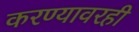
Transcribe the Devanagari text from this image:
करण्यावरही